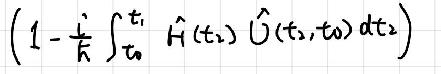
\[\left(1 - \frac{i}{k} \int_{t_0}^{t_1} \hat{H}(t_2) \hat{U}(t_2,t_0) dt_2\right)\]